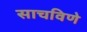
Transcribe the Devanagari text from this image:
साचविणे